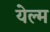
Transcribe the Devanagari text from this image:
येल्म